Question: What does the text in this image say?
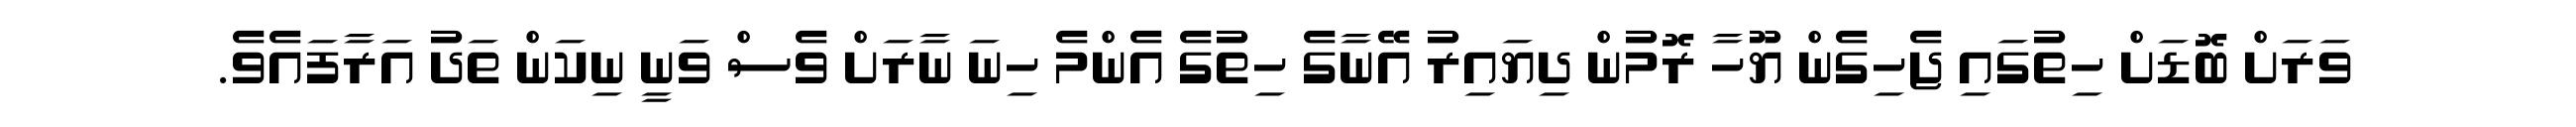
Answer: ވަރަށް ބޮޑަށް ހިތުގައި ޖެހިގެން ޔޫހާ ރޮމުން ދިޔައިރު އޭނާގެ ހިތުގެ އެންމެ ހިނަ ނާރަށް ވެސް ވަނީ ނިކަން ތަދު އަރާފައެވެ.